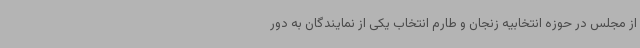
از مجلس در حوزه انتخابیه زنجان و طارم انتخاب یکی از نمایندگان به دور